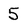
Character: 5